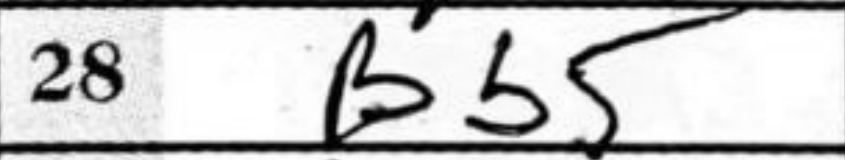
Transcription: Bb5